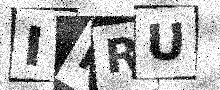
Text: IKRU